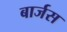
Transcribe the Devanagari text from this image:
बार्जस